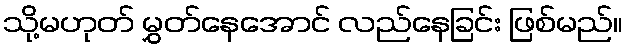
သို့မဟုတ် မွှတ်နေအောင် လည်နေခြင်း ဖြစ်မည်။